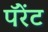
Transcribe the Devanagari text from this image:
पॅरेंट